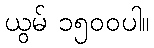
ယွမ် ၁၅၀၀ပါ။